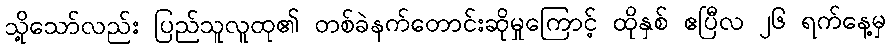
သို့သော်လည်း ပြည်သူလူထု၏ တစ်ခဲနက်တောင်းဆိုမှုကြောင့် ထိုနှစ် ဧပြီလ ၂၆ ရက်နေ့မှ